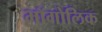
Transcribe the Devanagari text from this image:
भॉगोलिक